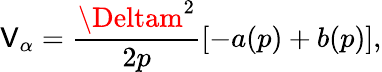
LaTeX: \mathsf{V}_{\alpha}=\frac{{\Deltam^{2}}}{{2p}}[-a(p)+b(p)],